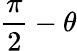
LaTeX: {\frac{\pi}{2}}-\theta